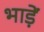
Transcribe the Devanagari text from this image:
भाड़ें